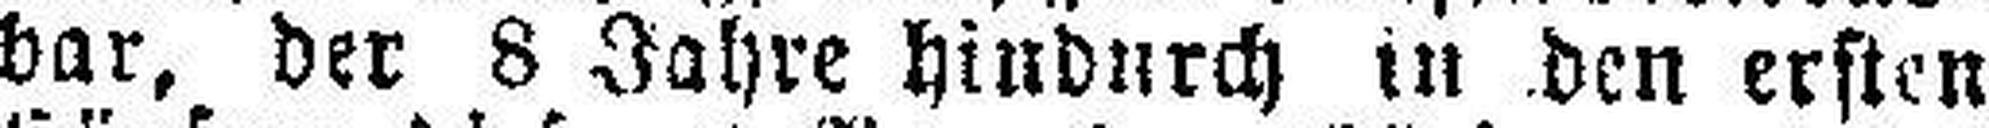
bar, der 8 Jahre hindurch in den ersten